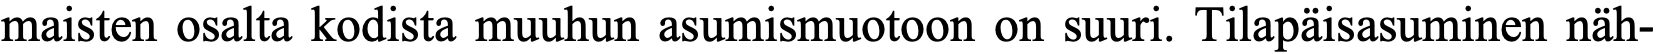
maisten osalta kodista muuhun asumismuotoon on suuri. Tilapäisasuminen näh-